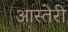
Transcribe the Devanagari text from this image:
आस्तेरी